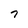
Character: 7